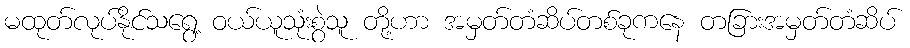
မထုတ်လုပ်နိုင်သရွေ့ ဝယ်ယူသုံးစွဲသူ တို့ဟာ အမှတ်တံဆိပ်တစ်ခုကနေ တခြားအမှတ်တံဆိပ်